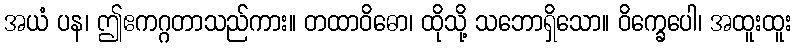
အယံ ပန၊ ဤဧကဂ္ဂတာသည်ကား။ တထာဝိဓော၊ ထိုသို့ သဘောရှိသော။ ဝိက္ခေပေါ၊ အထူးထူး